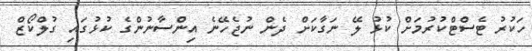
ހަކުރު ޓެސްޓްކުރުމަށް ކުޅު ލޭ ނަގާކަށް ދެން ނުޖެހޭނެ އިންސާނުންގެ ކުޅުގައި ގުލްކޯޒް